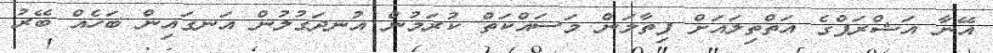
އޭނާ އަޝްރަފްގެ އަތްތިލައަށް ފިތާލަން މަސައްކަތް ކުރަމުން އުނދަގުލުން އަނގައިން ބަހެއް ބޭރު